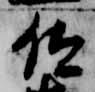
位